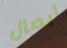
ايصال